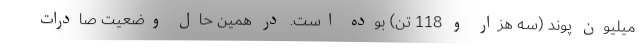
میلیون پوند (سه هزار و 118 تن) بوده است. در همین حال وضعیت صادرات